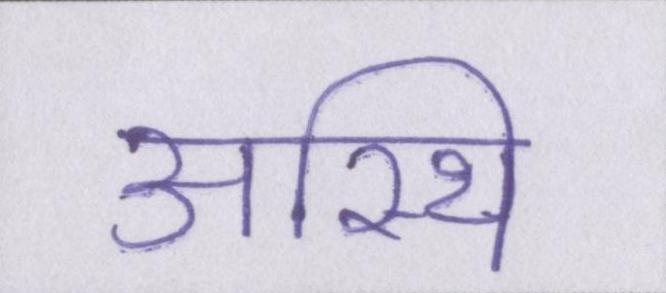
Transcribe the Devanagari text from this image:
अस्थि